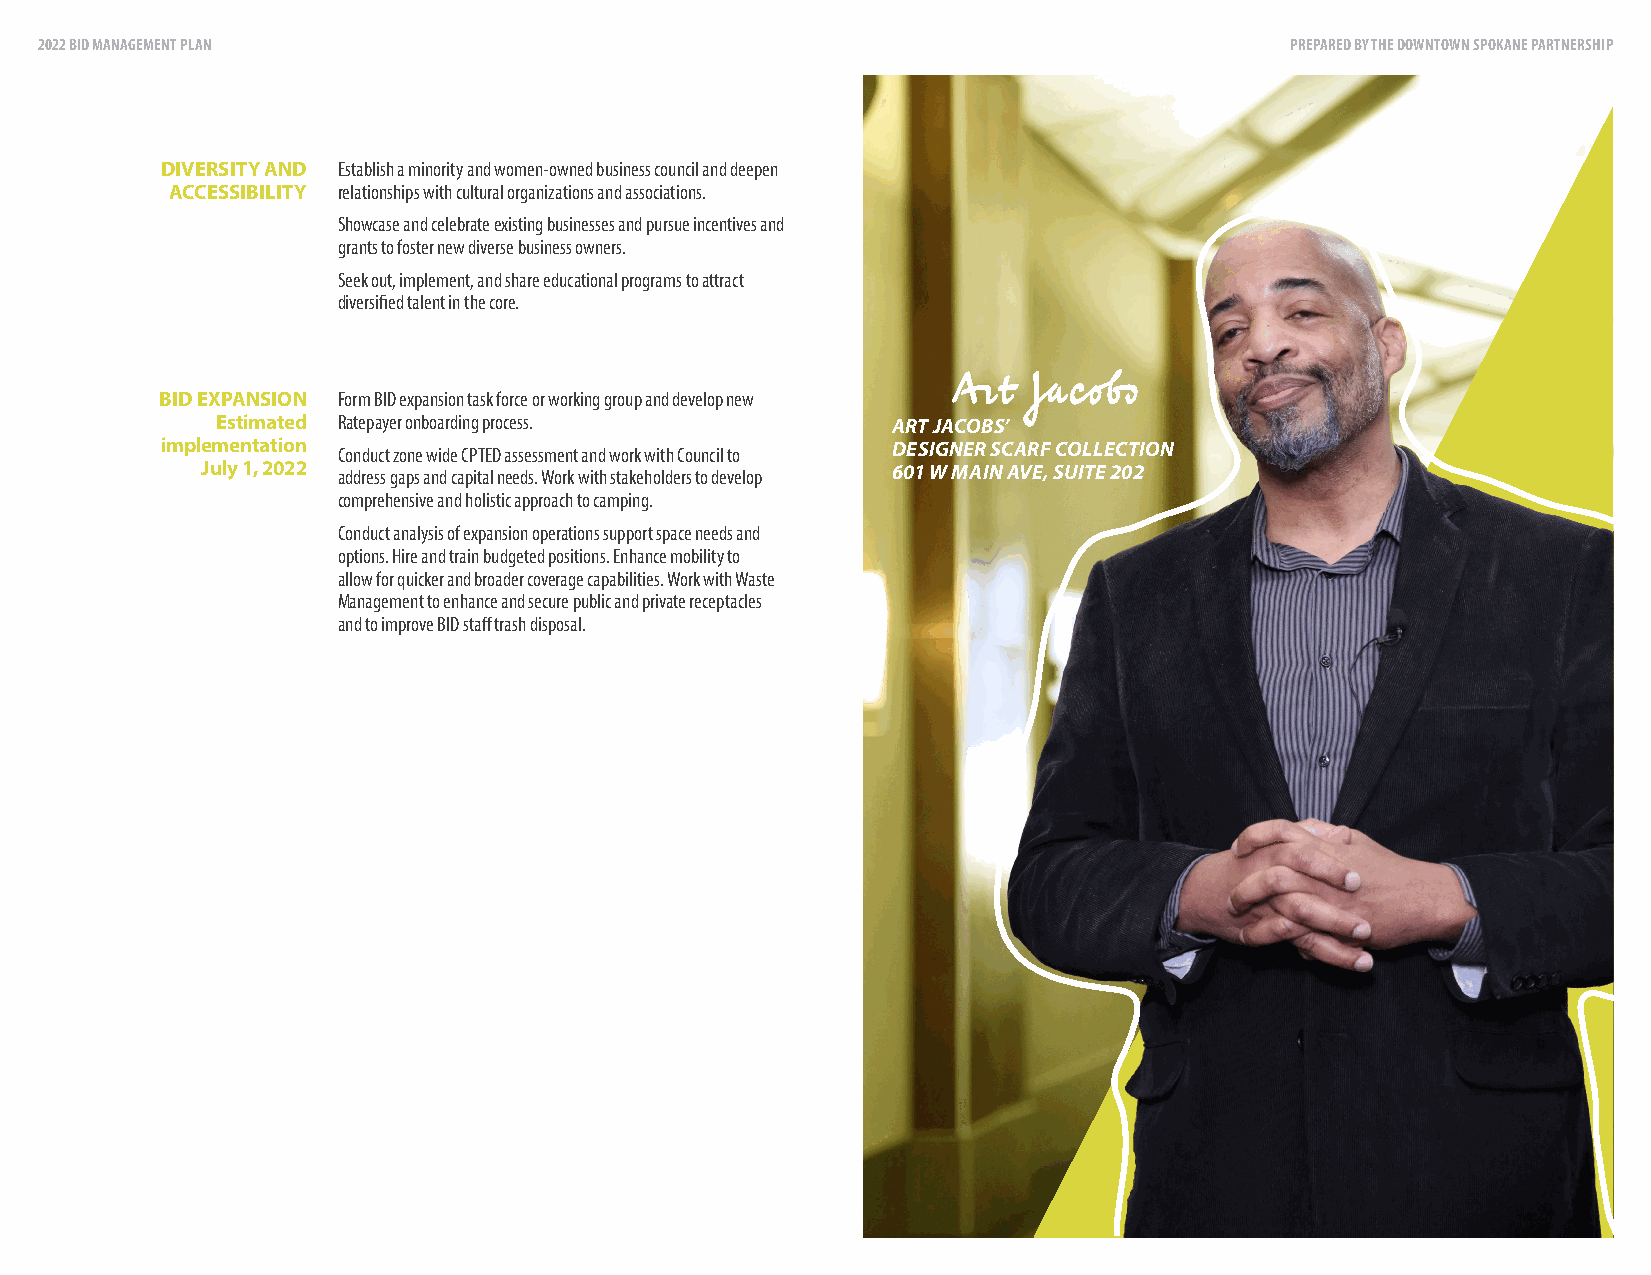
2022 BID MANAGEMENT PLAN                                                           PREPARED BY THE DOWNTOWN SPOKANE PARTNERSHIP
 DIVERSITY AND Establish a minority and women-owned business council and deepen
 ACCESSIBILITY relationships with cultural organizations and associations.
 Showcase and celebrate existing businesses and pursue incentives and
 grants to foster new diverse business owners.
 Seek out, implement, and share educational programs to attract
 diversified talent in the core.
 BID EXPANSION Form BID expansion task force or working group and develop new Art Jacobs
 Estimated Ratepayer onboarding process.      ART JACOBS’
 implementation Conduct zone wide CPTED assessment and work with Council to DESIGNER SCARF COLLECTION
 July 1, 2022 address gaps and capital needs. Work with stakeholders to develop 601 W MAIN AVE, SUITE 202
 comprehensive and holistic approach to camping.
 Conduct analysis of expansion operations support space needs and
 options. Hire and train budgeted positions. Enhance mobility to
 allow for quicker and broader coverage capabilities. Work with Waste
 Management to enhance and secure public and private receptacles
 and to improve BID staff trash disposal.